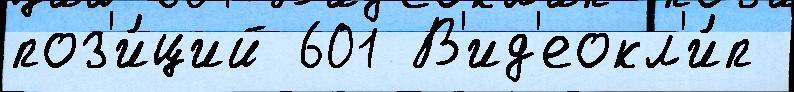
поз'и́ций 601 В'ид'еокл'и́п